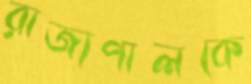
রাজ্যপালকে